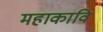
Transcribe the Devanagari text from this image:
महाकावि